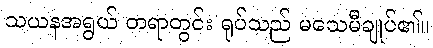
သယနအရွယ် တရာတွင်း ရုပ်သည် မသေမီချုပ်၏။